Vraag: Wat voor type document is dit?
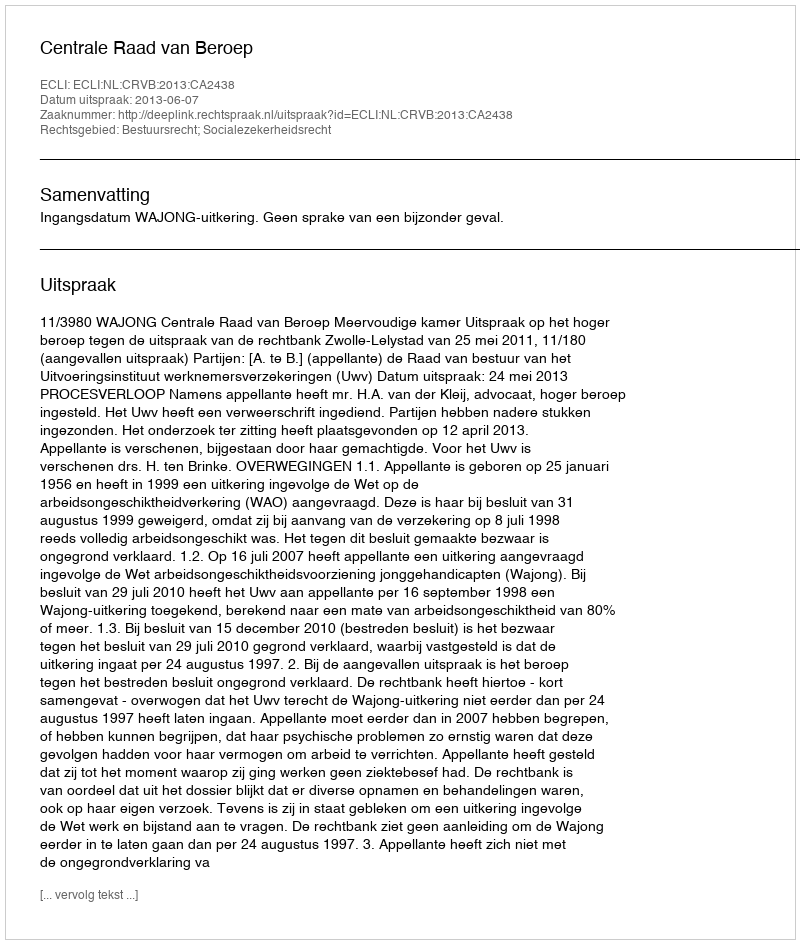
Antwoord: Uitspraak